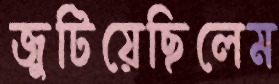
জুটিয়েছিলেম